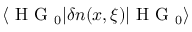
\langle \mathrm { ~ H ~ G ~ } _ { 0 } | \delta n ( x , \xi ) | \mathrm { ~ H ~ G ~ } _ { 0 } \rangle